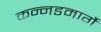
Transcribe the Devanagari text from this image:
कन्नडमार्गे